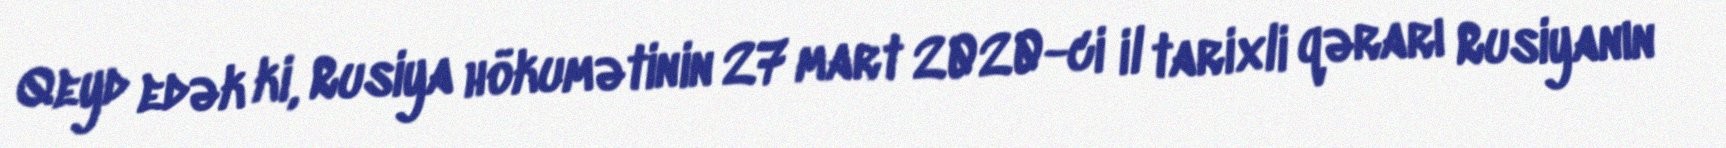
Qeyd edək ki, Rusiya hökumətinin 27 mart 2020-ci il tarixli qərarı Rusiyanın